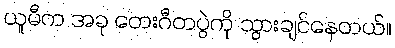
ယူမီက အခု တေးဂီတပွဲကို သွားချင်နေတယ်။